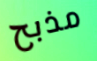
مذبح